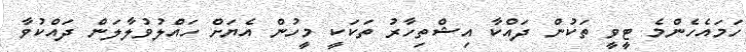
ހަމައެހެންމެ ޓީވީ ތަކުން ދައްކާ އިޝްތިހާރު ތަކަކީ މީހުން އެޔަށް ހައްލުވުލާލަން ދައްކުވާ